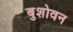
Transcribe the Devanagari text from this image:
बुशोवन